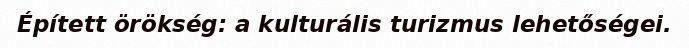
Épített örökség: a kulturális turizmus lehetőségei.